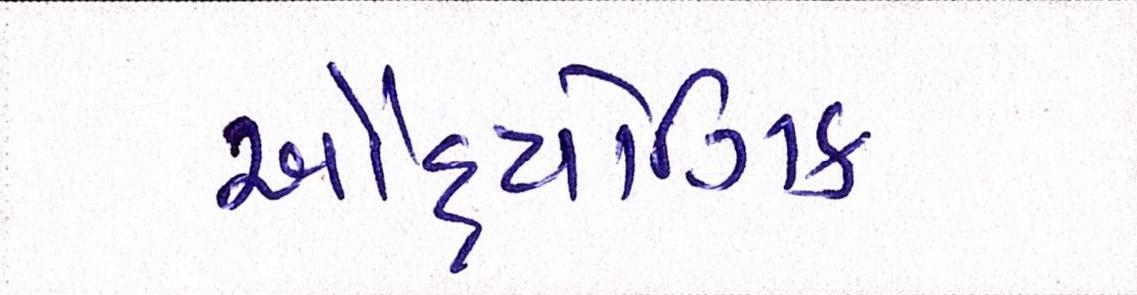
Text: ઔદ્યોગિક